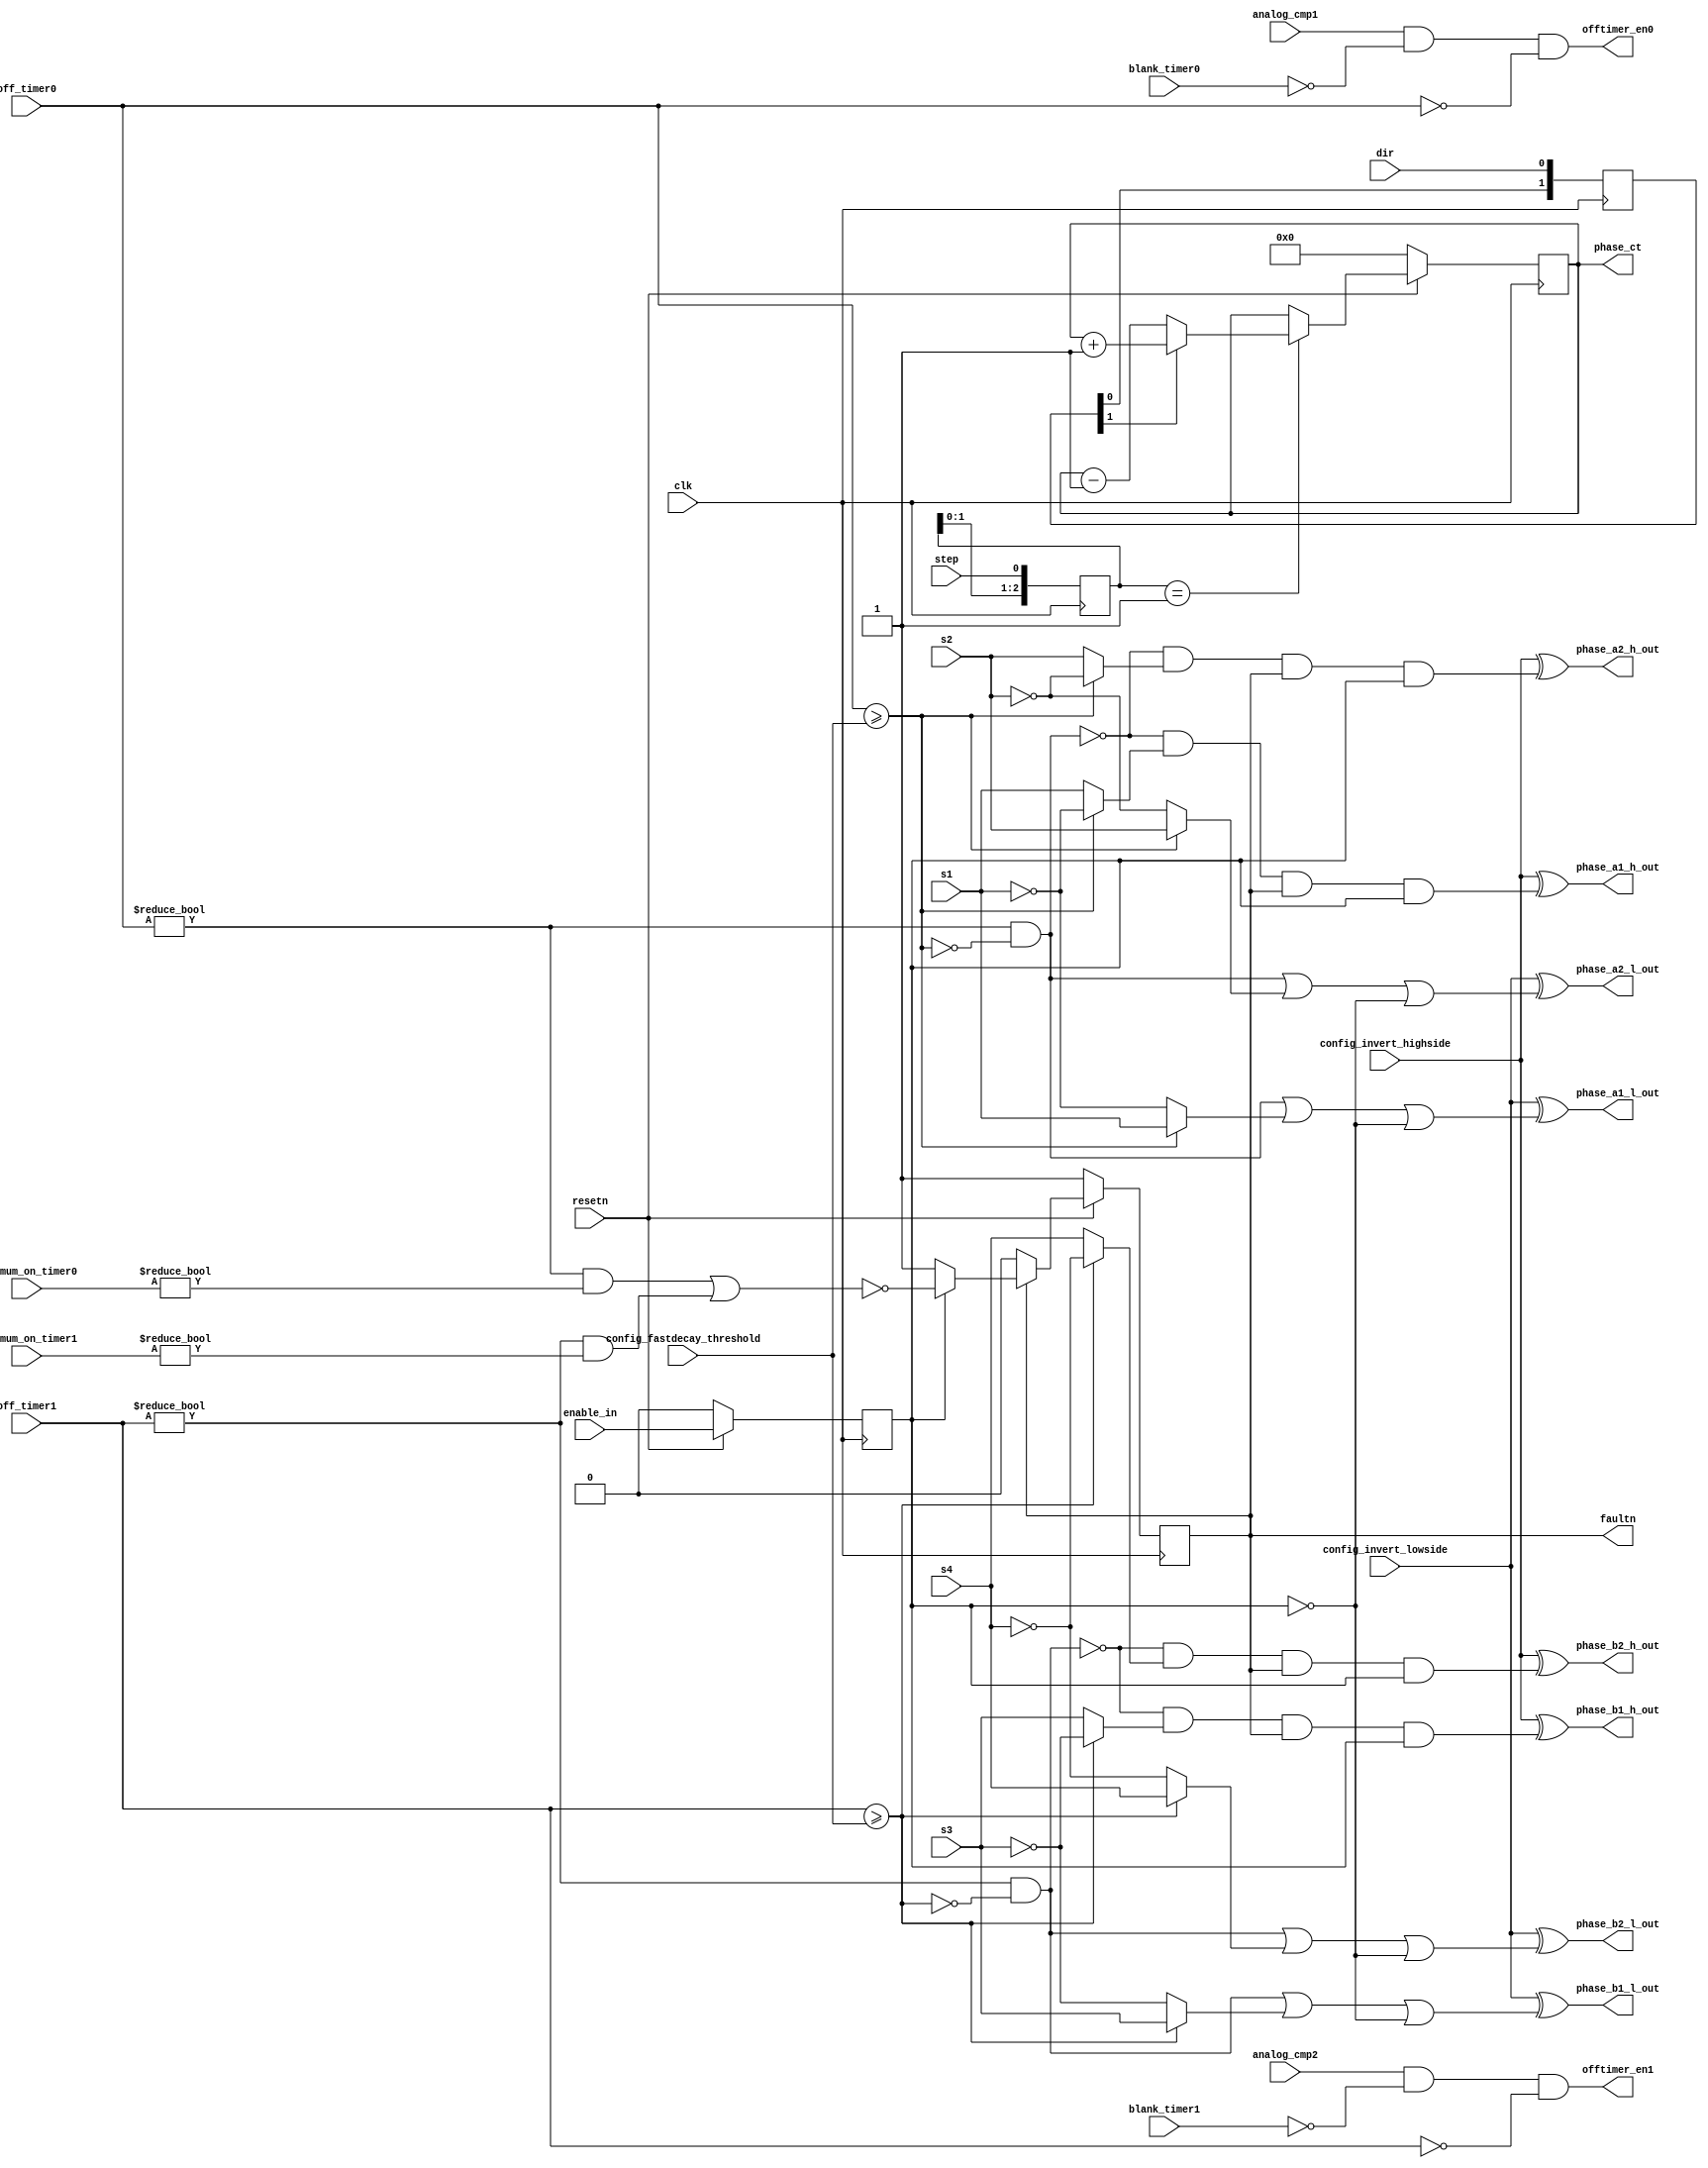
module microstepper_control (
    input           clk,
    input           resetn,
    output          phase_a1_l_out,
    output          phase_a2_l_out,
    output          phase_b1_l_out,
    output          phase_b2_l_out,
    output          phase_a1_h_out,
    output          phase_a2_h_out,
    output          phase_b1_h_out,
    output          phase_b2_h_out,
    input   [9:0]   config_fastdecay_threshold,
    input           config_invert_highside,
    input           config_invert_lowside,
    input           step,
    input           dir,
    input           enable_in,
    input           analog_cmp1,
    input           analog_cmp2,
    output reg      faultn,
    input  wire     s1,
    input  wire     s2,
    input  wire     s3,
    input  wire     s4,
    output          offtimer_en0,
    output          offtimer_en1,
    output reg [7:0] phase_ct,
    input      [7:0] blank_timer0,
    input      [7:0] blank_timer1,
    input      [9:0] off_timer0,
    input      [9:0] off_timer1,
    input      [7:0] minimum_on_timer0,
    input      [7:0]   minimum_on_timer1
//    input           mixed_decay_enable,
);
  reg [2:0] step_r;
  reg [1:0] dir_r;

  reg       enable;

  always @(posedge clk) begin
    if (!resetn)
      enable <= 0;
    else
      enable <= enable_in;
    step_r <= {step_r[1:0], step};
    dir_r <= {dir_r[0], dir};
  end

  wire step_rising = (step_r == 3'b001);

  always @(posedge clk) begin
    if (!resetn) begin
      phase_ct <= 0;
    end
    else if (step_rising)
        phase_ct <= dir_r[1] ? phase_ct + 1 : phase_ct - 1;
  end

  // Fault (active low) if off timer starts before minimum on timer expires
  wire fault0 = (off_timer0 != 0) & (minimum_on_timer0 != 0);
  wire fault1 = (off_timer1 != 0) & (minimum_on_timer1 != 0);

  // Fault latches until reset
  always @(posedge clk) begin
      if (!resetn) begin
//        fault0 <= 0;
//        fault1 <= 0;
        faultn <= 1;
      end
      else if (faultn) begin
        faultn <= enable ? !( fault0 | fault1 ) : 1'b1;
      end
    end

  wire phase_a1_h, phase_a1_l, phase_a2_h, phase_a2_l;
  wire phase_b1_h, phase_b1_l, phase_b2_h, phase_b2_l;

  // Outputs are active high unless config_invert_**** is set
  // Low side
  assign phase_a1_l_out = config_invert_lowside ^ phase_a1_l_control;
  assign phase_a2_l_out = config_invert_lowside ^ phase_a2_l_control;
  assign phase_b1_l_out = config_invert_lowside ^ phase_b1_l_control;
  assign phase_b2_l_out = config_invert_lowside ^ phase_b2_l_control;
  // High side
  assign phase_a1_h_out = config_invert_highside ^  phase_a1_h_control;
  assign phase_a2_h_out = config_invert_highside ^  phase_a2_h_control;
  assign phase_b1_h_out = config_invert_highside ^  phase_b1_h_control;
  assign phase_b2_h_out = config_invert_highside ^  phase_b2_h_control;


  // Low Side - enable
  wire phase_a1_l_control = phase_a1_l | !enable;
  wire phase_a2_l_control = phase_a2_l | !enable;
  wire phase_b1_l_control = phase_b1_l | !enable;
  wire phase_b2_l_control = phase_b2_l | !enable;
  // High side - enable, and fault shutdown
  wire phase_a1_h_control = phase_a1_h && faultn && enable;
  wire phase_a2_h_control = phase_a2_h && faultn && enable;
  wire phase_b1_h_control = phase_b1_h && faultn && enable;
  wire phase_b2_h_control = phase_b2_h && faultn && enable;

  // Fast decay is first x ticks of off time
  // default fast decay = 706
  wire fastDecay0 = off_timer0 >= config_fastdecay_threshold;
  wire fastDecay1 = off_timer1 >= config_fastdecay_threshold;

  // Slow decay remainder of off time - Active high
  wire slowDecay0 = (off_timer0 != 0) & (fastDecay0 == 0);
  wire slowDecay1 = (off_timer1 != 0) & (fastDecay1 == 0);

  // Half bridge high side is active
  // WHEN slow decay is NOT active
  // AND
  // ( fast decay active AND would normally be off this phase )
  // OR
  // Should be on to drive this phase / polarity (microstepper_counter)
  assign phase_a1_h = !slowDecay0 && ( fastDecay0 ? !s1 : s1 );
  assign phase_a2_h = !slowDecay0 && ( fastDecay0 ? !s2 : s2 );
  assign phase_b1_h = !slowDecay1 && ( fastDecay1 ? !s3 : s3 );
  assign phase_b2_h = !slowDecay1 && ( fastDecay1 ? !s4 : s4 );
  // Low side is active
  // WHEN slow decay is active
  // OR
  // ( Fast decay active AND would normally be off this phase )
  assign phase_a1_l = slowDecay0 | ( fastDecay0 ? s1 : !s1 );
  assign phase_a2_l = slowDecay0 | ( fastDecay0 ? s2 : !s2 );
  assign phase_b1_l = slowDecay1 | ( fastDecay1 ? s3 : !s3 );
  assign phase_b2_l = slowDecay1 | ( fastDecay1 ? s4 : !s4 );

  // Fixed off time peak current controller off time start
  assign offtimer_en0 = analog_cmp1 & (blank_timer0 == 0) & (off_timer0 == 0);
  assign offtimer_en1 = analog_cmp2 & (blank_timer1 == 0) & (off_timer1 == 0);

`ifdef FORMAL
  `define ON 1'b1
  always @(*) begin
    assert (!(phase_a1_l_control == `ON && phase_a1_h_control == `ON));
    assert (!(phase_a2_l_control == `ON && phase_a2_h_control == `ON));
    assert (!(phase_b1_l_control == `ON && phase_b1_h_control == `ON));
    assert (!(phase_b2_l_control == `ON && phase_b2_h_control == `ON));
  end
`endif

endmodule